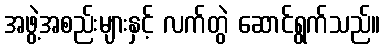
အဖွဲ့အစည်းများနှင့် လက်တွဲ ဆောင်ရွက်သည်။